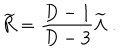
{ \widetilde R } = { \frac { D - 1 } { D - 3 } } { \widetilde \Lambda } ~ .